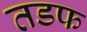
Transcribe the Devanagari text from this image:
तडफ